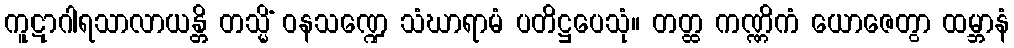
ကူဋာဂါရသာလာယန္တိ တသ္မိံ ဝနသဏ္ဍေ သံဃာရာမံ ပတိဋ္ဌပေသုံ။ တတ္ထ ကဏ္ဏိကံ ယောဇေတွာ ထမ္ဘာနံ